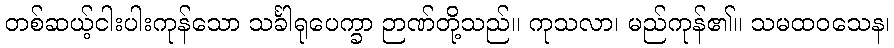
တစ်ဆယ့်ငါးပါးကုန်သော သင်္ခါရုပေက္ခာ ဉာဏ်တို့သည်။ ကုသလာ၊ မည်ကုန်၏။ သမထဝသေန၊